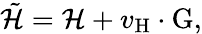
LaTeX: \tilde{\cal H}={\cal H}+v_{\mathrm{H}}\cdot\mathrm{G},